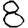
Digit: 8